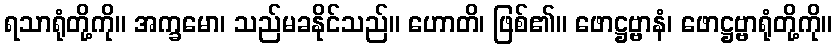
ရသာရုံတို့ကို။ အက္ခမော၊ သည်မခနိုင်သည်။ ဟောတိ၊ ဖြစ်၏။ ဖောဋ္ဌဗ္ဗာနံ၊ ဖောဋ္ဌဗ္ဗာရုံတို့ကို။